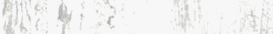
محل بيع أدوات المطبخ: تشك